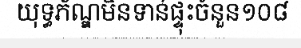
យុទ្ធភ័ណ្ឌមិនទាន់ផ្ទុះចំនួន១០៨